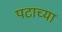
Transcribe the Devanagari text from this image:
पटाच्या